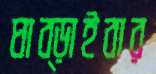
ঘাব্‌ড়াইবার